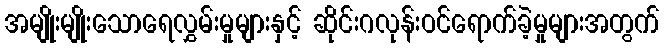
အမျိုးမျိုးသောရေလွှမ်းမှုများနှင့် ဆိုင်းဂလုန်းဝင်ရောက်ခဲ့မှုများအတွက်